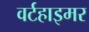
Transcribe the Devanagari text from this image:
वर्टहाइमर